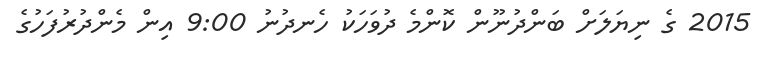
2015 ގެ ނިޔަލަށް ބަންދުނޫން ކޮންމެ ދުވަހަކު ހެނދުނު 9:00 އިން މެންދުރުފަހުގެ